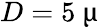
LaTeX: D=5~\upmu